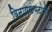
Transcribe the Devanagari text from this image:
विनायकभटांनी